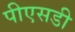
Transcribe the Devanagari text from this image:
पीएसडी